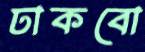
ঢাকবো